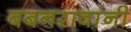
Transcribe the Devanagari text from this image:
बबनरावांनी